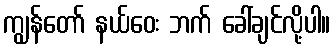
ကျွန်တော် နယ်ဝေး ဘက် ခေါ်ချင်လို့ပါ။